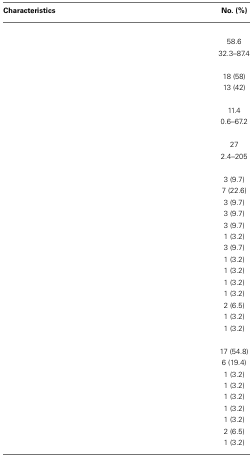
<table><thead><tr><td><b>Characteristics</b></td><td><b>No. (%)</b></td></tr></thead><tbody><tr><td>[EMPTY_CELL]</td></tr><tr><td>[EMPTY_CELL]</td><td>58.6</td></tr><tr><td>[EMPTY_CELL]</td><td>32.3–87.4</td></tr><tr><td>[EMPTY_CELL]</td></tr><tr><td>[EMPTY_CELL]</td><td>18 (58)</td></tr><tr><td>[EMPTY_CELL]</td><td>13 (42)</td></tr><tr><td>[EMPTY_CELL]</td></tr><tr><td>[EMPTY_CELL]</td><td>11.4</td></tr><tr><td>[EMPTY_CELL]</td><td>0.6–67.2</td></tr><tr><td>[EMPTY_CELL]</td></tr><tr><td>[EMPTY_CELL]</td><td>27</td></tr><tr><td>[EMPTY_CELL]</td><td>2.4–205</td></tr><tr><td>[EMPTY_CELL]</td></tr><tr><td>[EMPTY_CELL]</td><td>3 (9.7)</td></tr><tr><td>[EMPTY_CELL]</td><td>7 (22.6)</td></tr><tr><td>[EMPTY_CELL]</td><td>3 (9.7)</td></tr><tr><td>[EMPTY_CELL]</td><td>3 (9.7)</td></tr><tr><td>[EMPTY_CELL]</td><td>3 (9.7)</td></tr><tr><td>[EMPTY_CELL]</td><td>1 (3.2)</td></tr><tr><td>[EMPTY_CELL]</td><td>3 (9.7)</td></tr><tr><td>[EMPTY_CELL]</td><td>1 (3.2)</td></tr><tr><td>[EMPTY_CELL]</td><td>1 (3.2)</td></tr><tr><td>[EMPTY_CELL]</td><td>1 (3.2)</td></tr><tr><td>[EMPTY_CELL]</td><td>1 (3.2)</td></tr><tr><td>[EMPTY_CELL]</td><td>2 (6.5)</td></tr><tr><td>[EMPTY_CELL]</td><td>1 (3.2)</td></tr><tr><td>[EMPTY_CELL]</td><td>1 (3.2)</td></tr><tr><td>[EMPTY_CELL]</td><td>[EMPTY_CELL]</td></tr><tr><td>[EMPTY_CELL]</td><td>17 (54.8)</td></tr><tr><td>[EMPTY_CELL]</td><td>6 (19.4)</td></tr><tr><td>[EMPTY_CELL]</td><td>1 (3.2)</td></tr><tr><td>[EMPTY_CELL]</td><td>1 (3.2)</td></tr><tr><td>[EMPTY_CELL]</td><td>1 (3.2)</td></tr><tr><td>[EMPTY_CELL]</td><td>1 (3.2)</td></tr><tr><td>[EMPTY_CELL]</td><td>1 (3.2)</td></tr><tr><td>[EMPTY_CELL]</td><td>2 (6.5)</td></tr><tr><td>[EMPTY_CELL]</td><td>1 (3.2)</td></tr></tbody></table>